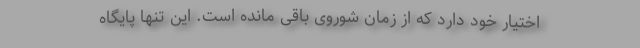
اختیار خود دارد که از زمان شوروی باقی مانده است. این تنها پایگاه